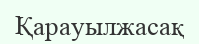
Қарауылжасақ